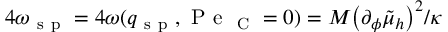
4 \omega _ { \mathrm { ~ s ~ p ~ } } = 4 \omega ( q _ { \mathrm { ~ s ~ p ~ } } , \mathrm { ~ P ~ e ~ } _ { \mathrm { ~ C ~ } } = 0 ) = M \mathopen { } \mathclose \bgroup \mathopen { } \mathclose \bgroup \mathopen { } \mathclose \bgroup \mathopen { } \mathclose \bgroup \mathopen { } \mathclose \bgroup \mathopen { } \mathclose \bgroup \mathopen { } \mathclose \bgroup \mathopen { } \mathclose \bgroup \mathopen { } \mathclose \bgroup \mathopen { } \mathclose \bgroup \left( \partial _ { \phi } \tilde { \mu } _ { h } \aftergroup \egroup \aftergroup \egroup \aftergroup \egroup \aftergroup \egroup \aftergroup \egroup \aftergroup \egroup \aftergroup \egroup \aftergroup \egroup \aftergroup \egroup \aftergroup \egroup \right) ^ { 2 } / \kappa